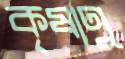
কৃষাণু